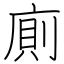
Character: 廁